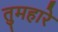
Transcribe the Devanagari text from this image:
तुमहारे